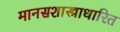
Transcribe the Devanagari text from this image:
मानसशास्त्राधारित